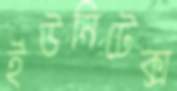
ইউনিটেক্স